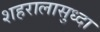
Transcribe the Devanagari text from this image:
शहरालासुध्दा